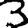
Digit: 3